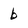
Character: b